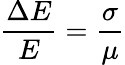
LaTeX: \frac{\Delta E}{E}=\frac{\sigma}{\mu}